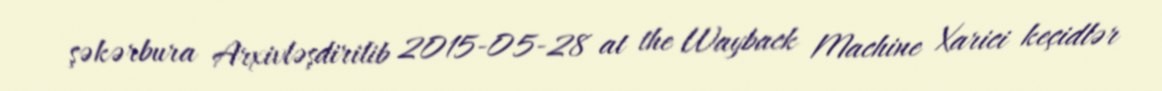
şəkərbura Arxivləşdirilib 2015-05-28 at the Wayback Machine Xarici keçidlər